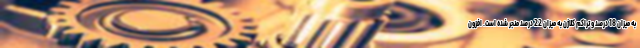
به میزان 18 درصد و تراکم کلاژن به میزان 22 درصد منجر شده است. افزون